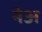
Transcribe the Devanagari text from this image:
नेअ